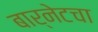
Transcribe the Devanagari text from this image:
बार्नेटचा